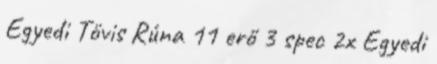
Egyedi Tövis Rúna 11 erő 3 spec 2x Egyedi